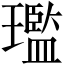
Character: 璼